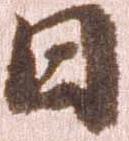
日